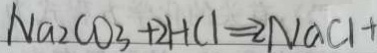
N a _ { 2 } C O _ { 3 } + 2 H C l = 2 N a C l +